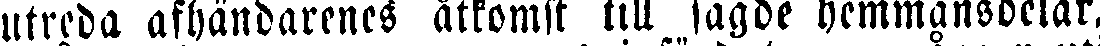
utreda afhändarenes åtkomst till sagde hemmansdelar.